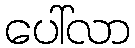
ပေါ်လာ